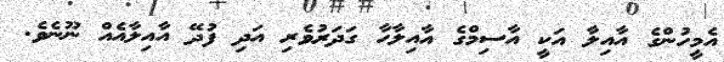
އެމީހުންގެ އާއިލާ އަކީ އާސިމްގެ އާއިލާހާ ގަދަރުވެރި އަދި ފުދޭ އާއިލާއެއް ނޫނެވެ.